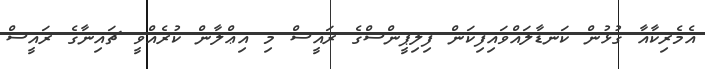
އެމެރިކާއާ ގުޅުން ކަނޑާލައްވައިފިކަން ފިލިޕީންސްގެ ރައީސް މި އިޢްލާން ކުރެއްވީ ޗައިނާގެ ރައީސް